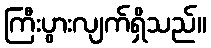
ကြီးပွားလျက်ရှိသည်။